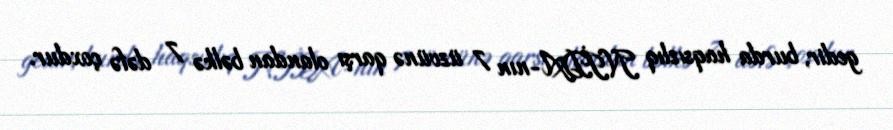
gedir, burda haqsızlıq NİDA-nın 7 üzvünə qarşı olandan bəlkə 7 dəfə çoxdur.